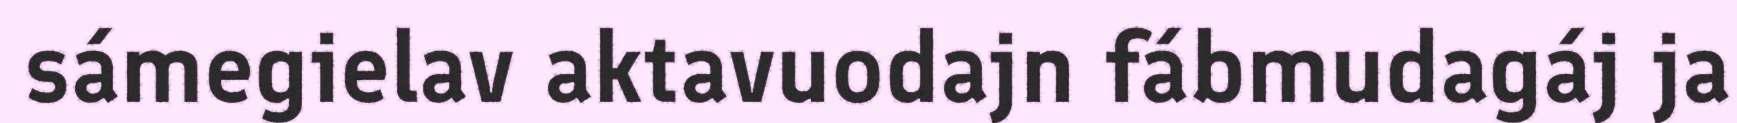
sámegielav aktavuodajn fábmudagáj ja